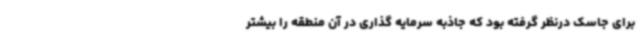
برای جاسک درنظر گرفته بود که جاذبه سرمایه گذاری در آن منطقه را بیشتر